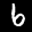
Label: 6